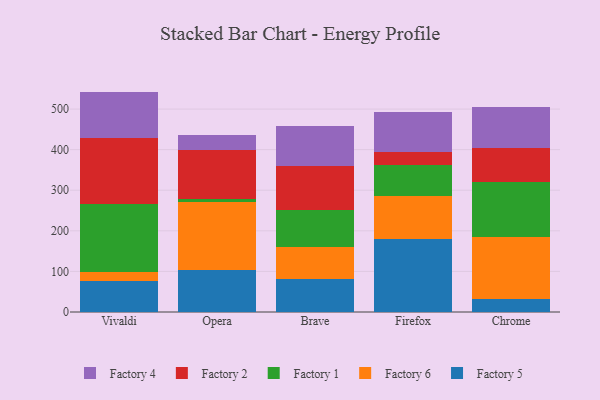
{"axis": {"x": "Browser", "y": "Revenue (USD Million)"}, "legend": ["Factory 1", "Factory 2", "Factory 4", "Factory 5", "Factory 6"], "data": [{"x": "Vivaldi", "y": 76.4, "type": "Factory 5"}, {"x": "Vivaldi", "y": 21.0, "type": "Factory 6"}, {"x": "Vivaldi", "y": 167.8, "type": "Factory 1"}, {"x": "Vivaldi", "y": 164.3, "type": "Factory 2"}, {"x": "Vivaldi", "y": 113.5, "type": "Factory 4"}, {"x": "Opera", "y": 104.2, "type": "Factory 5"}, {"x": "Opera", "y": 166.6, "type": "Factory 6"}, {"x": "Opera", "y": 7.6, "type": "Factory 1"}, {"x": "Opera", "y": 120.2, "type": "Factory 2"}, {"x": "Opera", "y": 36.9, "type": "Factory 4"}, {"x": "Brave", "y": 81.3, "type": "Factory 5"}, {"x": "Brave", "y": 78.7, "type": "Factory 6"}, {"x": "Brave", "y": 92.1, "type": "Factory 1"}, {"x": "Brave", "y": 107.2, "type": "Factory 2"}, {"x": "Brave", "y": 97.8, "type": "Factory 4"}, {"x": "Firefox", "y": 179.8, "type": "Factory 5"}, {"x": "Firefox", "y": 105.9, "type": "Factory 6"}, {"x": "Firefox", "y": 77.2, "type": "Factory 1"}, {"x": "Firefox", "y": 31.0, "type": "Factory 2"}, {"x": "Firefox", "y": 99.3, "type": "Factory 4"}, {"x": "Chrome", "y": 31.5, "type": "Factory 5"}, {"x": "Chrome", "y": 152.2, "type": "Factory 6"}, {"x": "Chrome", "y": 136.5, "type": "Factory 1"}, {"x": "Chrome", "y": 84.3, "type": "Factory 2"}, {"x": "Chrome", "y": 101.5, "type": "Factory 4"}]}